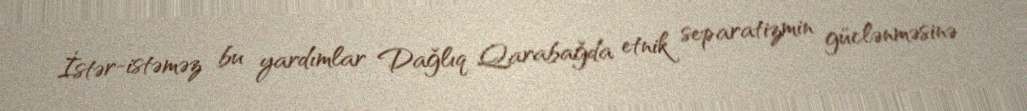
İstər-istəməz bu yardımlar Dağlıq Qarabağda etnik separatizmin güclənməsinə